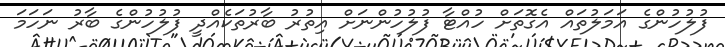
ފުލުހުންގެ އަމަލުތައް އެގޮތަށް ހުއްޓާ ފުލުހުންނަށް އިތުރު ބާރުތަކެއްދީ ފުލުހުންގެ ބާރު ނަހަމަ